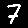
Digit: 7